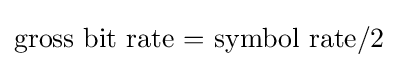
{\text{gross bit rate  =  symbol rate/2}}